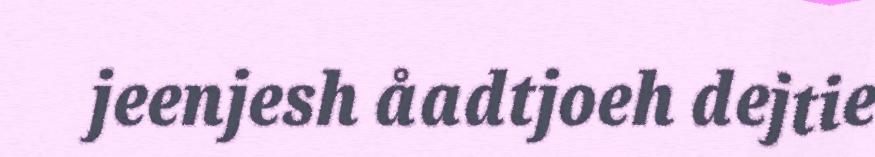
jeenjesh åadtjoeh dejtie